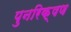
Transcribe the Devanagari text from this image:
पुनरिक्षण